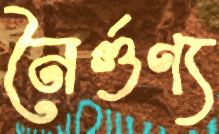
নৈর্গুণ্য